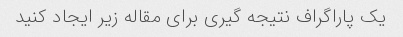
یک پاراگراف نتیجه گیری برای مقاله زیر ایجاد کنید